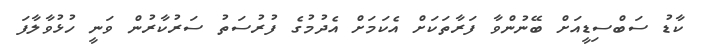
ކާޑު ސަބްސިޑީއަށް ބޭނުންވާ ފަރާތަކަށް އެކަމަށް އެދުމުގެ ފުރުސަތު ސަރުކާރުން ވަނީ ހުޅުވާލާފަ